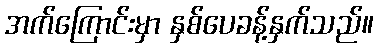
အက်ကြောင်းမှာ နှစ်ပေခန့်နှက်သည်။